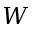
W